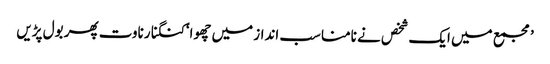
’مجمع میں ایک شخص نے نامناسب انداز میں چھوا‘کنگنا رناوت پھر بول پڑیں